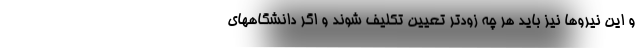
و این نیروها نیز باید هر چه زودتر تعیین تکلیف شوند و اگر دانشگاههای